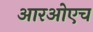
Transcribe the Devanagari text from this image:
आरओएच